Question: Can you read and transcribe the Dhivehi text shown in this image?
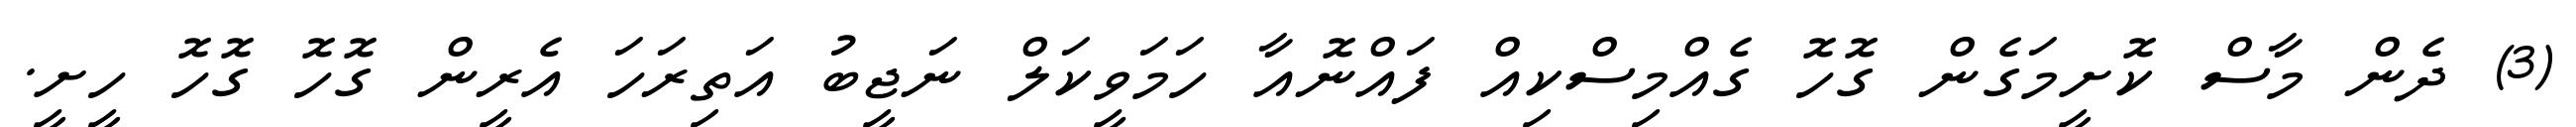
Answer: (3) ދެން މާސް ކޮށީމަގެން ގޮހޮ ގެއްމިސްކިއް ފައްނޮއާ ހަމަވީކަލް ނަޖީބު އަތިރަހަ އެރީން ގޮހޮ ގޮހޮ ހީށީ.